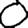
Digit: 0